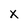
Character: X